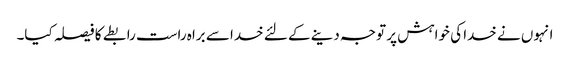
انہوں نے خدا کی خواہش پر توجہ دینے کے لئے خدا سے براہ راست رابطے کا فیصلہ کیا۔